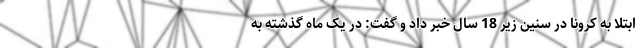
ابتلا به کرونا در سنین زیر 18 سال خبر داد و گفت: در یک ماه گذشته به